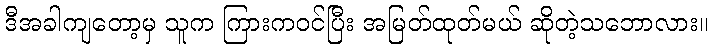
ဒီအခါကျတော့မှ သူက ကြားကဝင်ပြီး အမြတ်ထုတ်မယ် ဆိုတဲ့သဘောလား။